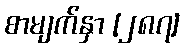
စာမျက်နှာ [၂၈၇]